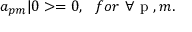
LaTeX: a _ { p m } | 0 > = 0 , \ \ f o r \ \forall \mathrm { \boldmath ~ p ~ } , m .